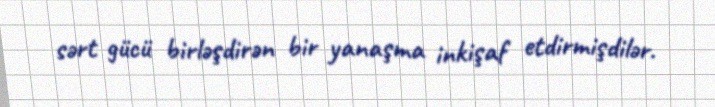
sərt gücü birləşdirən bir yanaşma inkişaf etdirmişdilər.